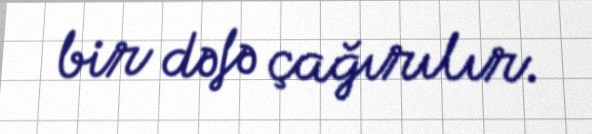
bir dəfə çağırılır.